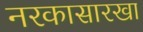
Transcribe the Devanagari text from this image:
नरकासारखा